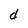
Character: d